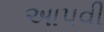
અાપવી